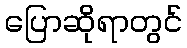
ပြောဆိုရာတွင်